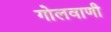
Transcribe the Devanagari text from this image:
गोलवाणी